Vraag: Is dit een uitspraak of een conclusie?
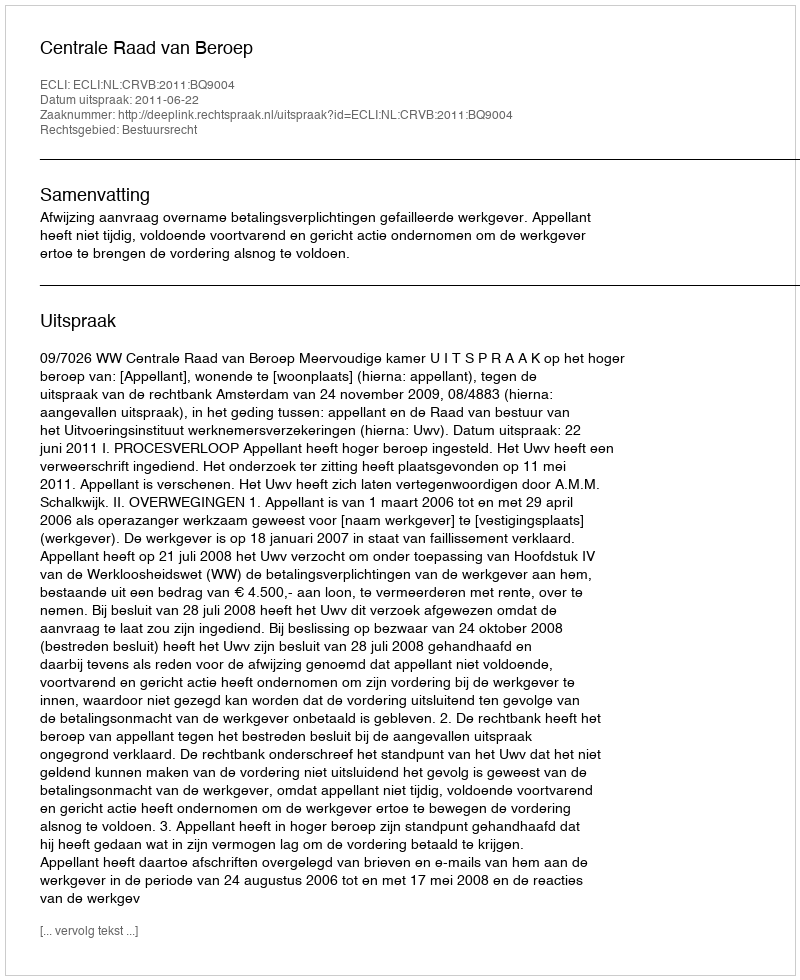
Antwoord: Uitspraak